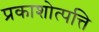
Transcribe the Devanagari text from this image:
प्रकाशोत्पत्ति